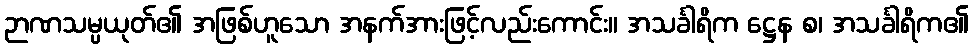
ဉာဏသမ္ပယုတ်၏ အဖြစ်ဟူသော အနက်အားဖြင့်လည်းကောင်း။ အသင်္ခါရိက ဋ္ဌေန စ၊ အသင်္ခါရိက၏